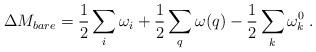
LaTeX: \begin{align*}\Delta M_{bare}=\frac{1}{2}\sum_i\omega_i+\frac{1}{2}\sum_q\omega(q)-\frac{1}{2}\sum_k \omega_k^0\;.\end{align*}